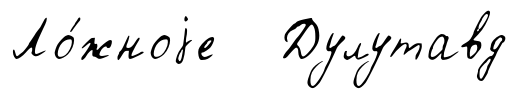
Ло́жноjе Дулутавд